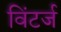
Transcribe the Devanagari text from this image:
विंटर्ज